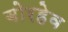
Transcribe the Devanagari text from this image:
बोरहेव